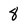
Character: 8